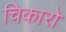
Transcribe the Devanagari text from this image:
चिकारो